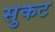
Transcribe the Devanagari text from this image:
सुकट